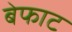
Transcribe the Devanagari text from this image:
बेफाट